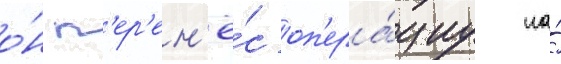
о́н п'ер'ен'ё́с оп'ера́циу на́